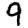
Digit: 9